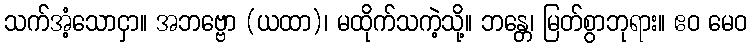
သက်အံ့သောငှာ။ အဘဗ္ဗော (ယထာ)၊ မထိုက်သကဲ့သို့။ ဘန္တေ၊ မြတ်စွာဘုရား။ ဧဝ မေဝ